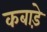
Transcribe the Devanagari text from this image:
कबाड़े